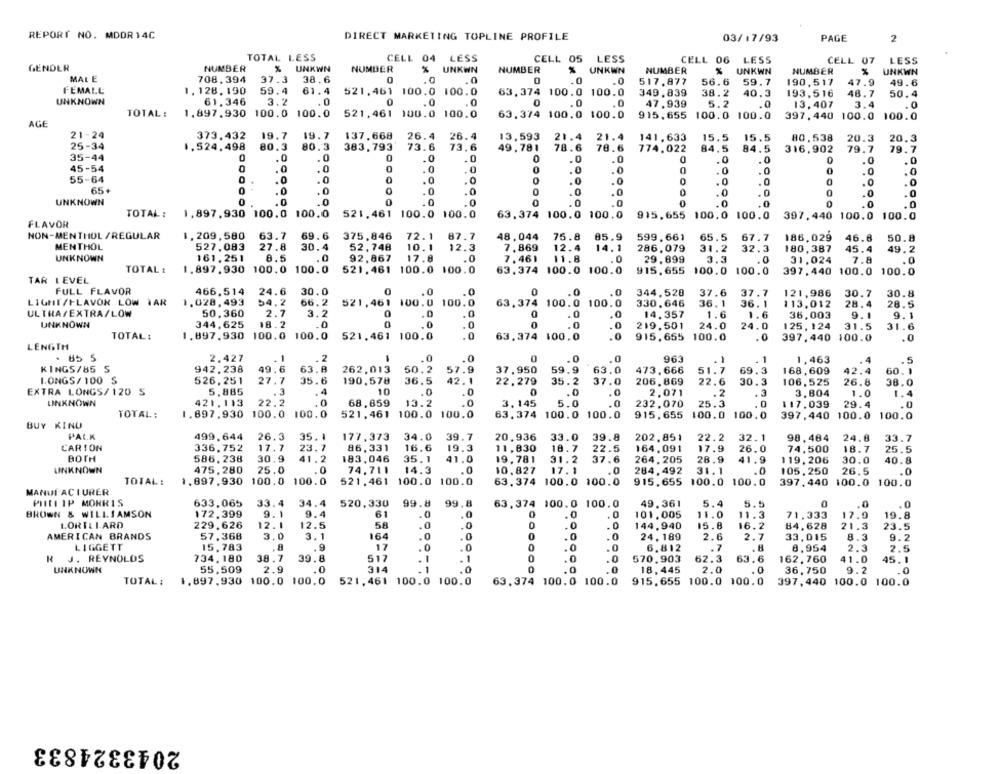
REPORT NO. MDDR 14C
DIRECT MARKETING TOPLINE PROFILE
03/17/93
PAGE
2
TOTAL LESS
CELL 04
LESS
CELL 05
LESS
CELL 06
LESS
CELL 07
LESS
GENDER
NUMBER
UNKWN
NUMBER
%
UNKWN
NUMBER
%
UNKWN
NUMBER
UNKWN
NUMBER
UNKWN
MALE
708.394
.0
37.3
38.6
0
0
.0
517.877
56.6
59.7
190,517
47.9
49.6
FEMALL
1.128.190
59.4
61.4
521,461 100.0 100.0
63,374 100.0 100.0
349.839
38.2
40.3
193,516
48.7
50.4
UNKNOWN
61.346
3.2
.0
0
.0
0
.0
47.939
5.2
.0
13,407
3.4
.0
TOTAL :
1.897.930 100.0 100.0
521,461 100.0 100.0
63.374 100.0 100.0
915.655 100.0 100.0
397,440 100.0 100.0
AGE
21-24
373.432
19.7
19.7
137.668
26.4
26.4
13,593
21.4
21.4
141,633
15.5
15,5
80,538
20.3
20.3
25-34
1.524,498
80.3
383,793
73.6
73,6
49,781
78.6
78.6
774.022
84.5
84.5
79.7
79.7
35-44
316,902
0
.0
0
.0
.0
0
.0
.0
0
.0
.0
.0
45-54
.0
0
.0
.0
0
.0
.0
0
0
.0
.0
.0
55-64
.0
.0
.0
0
.0
. 0
.0
.0
65.
.0
.0
.0
0
.0
.0
.0
UNKNOWN
0
.0
.0
0
.0
0
.0
.0
.0
TOTAL:
1.897,930 100.0 100.0
521,461 100.0 100.0
63.374 100.0 100.0
915.655 100.0 100.0
397, 440 100.0 100.0
FLAVOR
NON-MENTHOL /REGULAR
1.209,580
63.7
69.6
375.846
72.1
87.7
48.044
75.8
85.9
599.661
65.5
67.7
186,029
46.8
50.8
MENTHOL
527,083
27.8
30.4
52,748
10.1
12.3
7.869
12.4
14.1
286,079
31.2
32.3
180.387
45.4
49.2
UNKNOWN
161.251
8.5
.. 0
92,867
17.8
7.461
11.8
29.699
3.3
31.024
7.8
TOTAL :
1.897,930 100.0 100.0
521,461 100.0 100.0
63.374 100.0 100.0
915.655
100.0
100.0
397, 440 100.0 100.0
TAR LEVEL
FULL FLAVOR
466.514
24.6
30.0
0
.0
0
.0
.0
344,528
37.6
37.7
121,986
30.7
30.8
LIGHT/FLAVOR LOW WAR
1.028.493
54.2
66.2
521,461 100.0 100.0
330.646
36.1
113.012
28.4
28.5
63,374 100.0 100.0
36. 1
ULTRA/EXTRA/LOW
50,360
2.7
3.2
0
.0
.0
14.357
1.6
1.6
36,003
9.1
9.1
UNKNOWN
344.625
18.2
.0
.0
.0
0
.0
219.501
24.0
24.0
125,124
31.5
31.6
TOTAL:
1.897.930
100.0 100.0
521.461 100.0
.0
63,374 100.0
.0
915.655 100.0
.0
397,440 100.0
.0
LENGTH
1
. 85 5
2.427
. 1
.. 0
.0
0
.0
.0
963
. 1
. 1
1,463
.5
KINGS/85 S
942.238
49.6
63.8
262,013
50.2
57.9
37,950
59.9
63.0
473.666
51.7
69.3
168,609
42.4
60.1
LONGS/ 100 S
526,251
27.7
190,578
42.1
35.6
36.5
22,279
35.2
37.0
206.869
22.6
30.3
106,525
26.8
38.0
EXTRA LONGS/120 S
5.885
.3
.4
10
.. 0
0
.0
.0
2,071
.2
. 3
3.804
1.0
1.4
UNKNOWN
421.113
22.2
0
68,859
13.2
3.145
5.0
232.070
25.3
.0
117.039
29.4
TOTAL:
1.697,930 100.0 100.0
521,461 100.0 100.0
63.374
100.0
100.0
915,655
100.0 100.0
397,440 100.0 100.0
BUY KINU
PACK
499.644
26.3
35.1
177.373
34.0
39.7
20.936
33.0
39.8
202.851
22.2
32.1
98.484
24.8
33.7
CARTON
336,752
17.7
23.7
86.331
16.6
19.3
11.830
18.7
22.5
164.091
17.9
26.0
74,500
18.7
25.5
BOTH
586,238
30.9
183,046
35.1
41.2
41.0
19,781
31.2
37.6
264.205
28.9
41.9
119,206
30.0
40.8
UNKNOWN
475,280
25.0
74.711
14.3
10. 827
17. 1
.0
284.492
31.1
.0
105.250
26.5
.0
TOTAL:
1.897,930 100.0 100.0
521,461
100.0 100.0
63. 374 100.0 100.0
915.655 100.0 100.0
397,440 100.0 100.0
MANUFACTURER
PHILLIP MORRIS
633.065
33.4
34.4
520,330
99.8
63.374
100.0
49.361
5.4
5.5
0
.0
.0
61
BROWN & WILLIAMSON
172.399
9.1
9.4
101, 005
11.0
11.3
71,333
17.9
19.8
LORILLARD
229,626
12.1
12.5
58
144,940
15.8
16.2
84,628
21.3
23.5
AMERICAN BRANDS
3.1
164
24.189
57,368
3.0
2.6
2.7
33,015
8.3
9.2
LIGGETT
15.783
. 9
17
6.812
.7
.8
8,954
2.3
2.5
R J. REYNOLDS
734,180
38.7
39.8
517
570,903
62.3
162, 760
63.6
41.0
45.1
UNKNOWN
55.509
2.9
.0
314
18, 445
2.0
.0
36,750
9.2
.0
1.897,930 100.0 100.0
63.374 100.0 100.0
915,655
100.0 100.0
TOTAL :
521,461 100.0 100.0
397, 440 100.0 100.0
2043324833